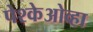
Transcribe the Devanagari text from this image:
पेश्केओव्हा